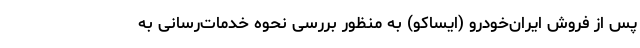
پس از فروش ایران‌خودرو (ایساکو) به منظور بررسی نحوه خدمات‌رسانی به